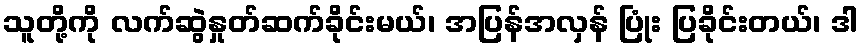
သူတို့ကို လက်ဆွဲနှုတ်ဆက်ခိုင်းမယ်၊ အပြန်အလှန် ပြုံး ပြခိုင်းတယ်၊ ဒါ